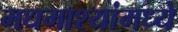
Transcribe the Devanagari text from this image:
मधमाश्यांमध्ये